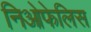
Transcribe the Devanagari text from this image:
निओफेलिस